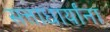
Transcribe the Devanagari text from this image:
सत्ताधार्यांना